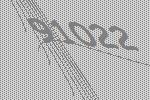
91022